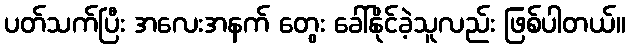
ပတ်သက်ပြီး အလေးအနက် တွေး ခေါ်နိုင်ခဲ့သူလည်း ဖြစ်ပါတယ်။